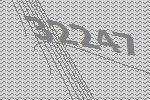
32247